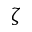
\zeta